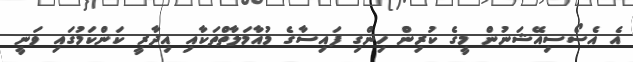
އެ އެސޯސިއޭޝަނުން މީގެ ކުރިން ހިންގި ފައިސާގެ މުއާމަލާތްތަކާއި އިދާރީ ކަންކަމުގައި ވަނީ